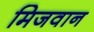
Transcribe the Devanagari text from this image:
मिजवान